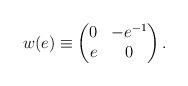
LaTeX: \begin{align*} w(e)\equiv\begin{pmatrix} 0&-e^{-1}\\e&0\end{pmatrix}.\end{align*}